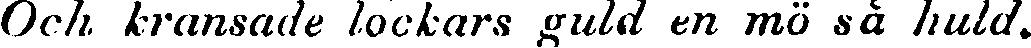
Och kransade lockars guld en mö så huld,